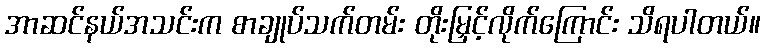
အာဆင်နယ်အသင်းက စာချုပ်သက်တမ်း တိုးမြှင့်လိုက်ကြောင်း သိရပါတယ်။